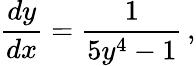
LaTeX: {\frac{dy}{dx}}={\frac{1}{5y^{4}-1}}\, ,